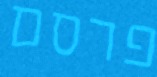
פרסם